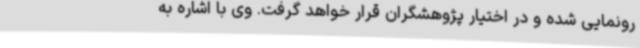
رونمایی شده و در اختیار پژوهشگران قرار خواهد گرفت. وی با اشاره به